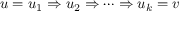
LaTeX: u = u _ { 1 } \Rightarrow u _ { 2 } \Rightarrow \cdots \Rightarrow u _ { k } = v